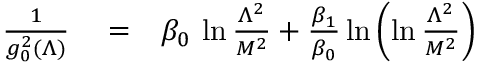
\begin{array} { r l r } { { \frac { 1 } { g _ { 0 } ^ { 2 } ( \Lambda ) } } } & { { } = } & { \beta _ { 0 } \, \ln { \frac { \Lambda ^ { 2 } } { M ^ { 2 } } } + { \frac { \beta _ { 1 } } { \beta _ { 0 } } } \ln \left( \ln { \frac { \Lambda ^ { 2 } } { M ^ { 2 } } } \right) } \end{array}